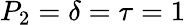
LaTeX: P_{2}=\delta=\tau=1